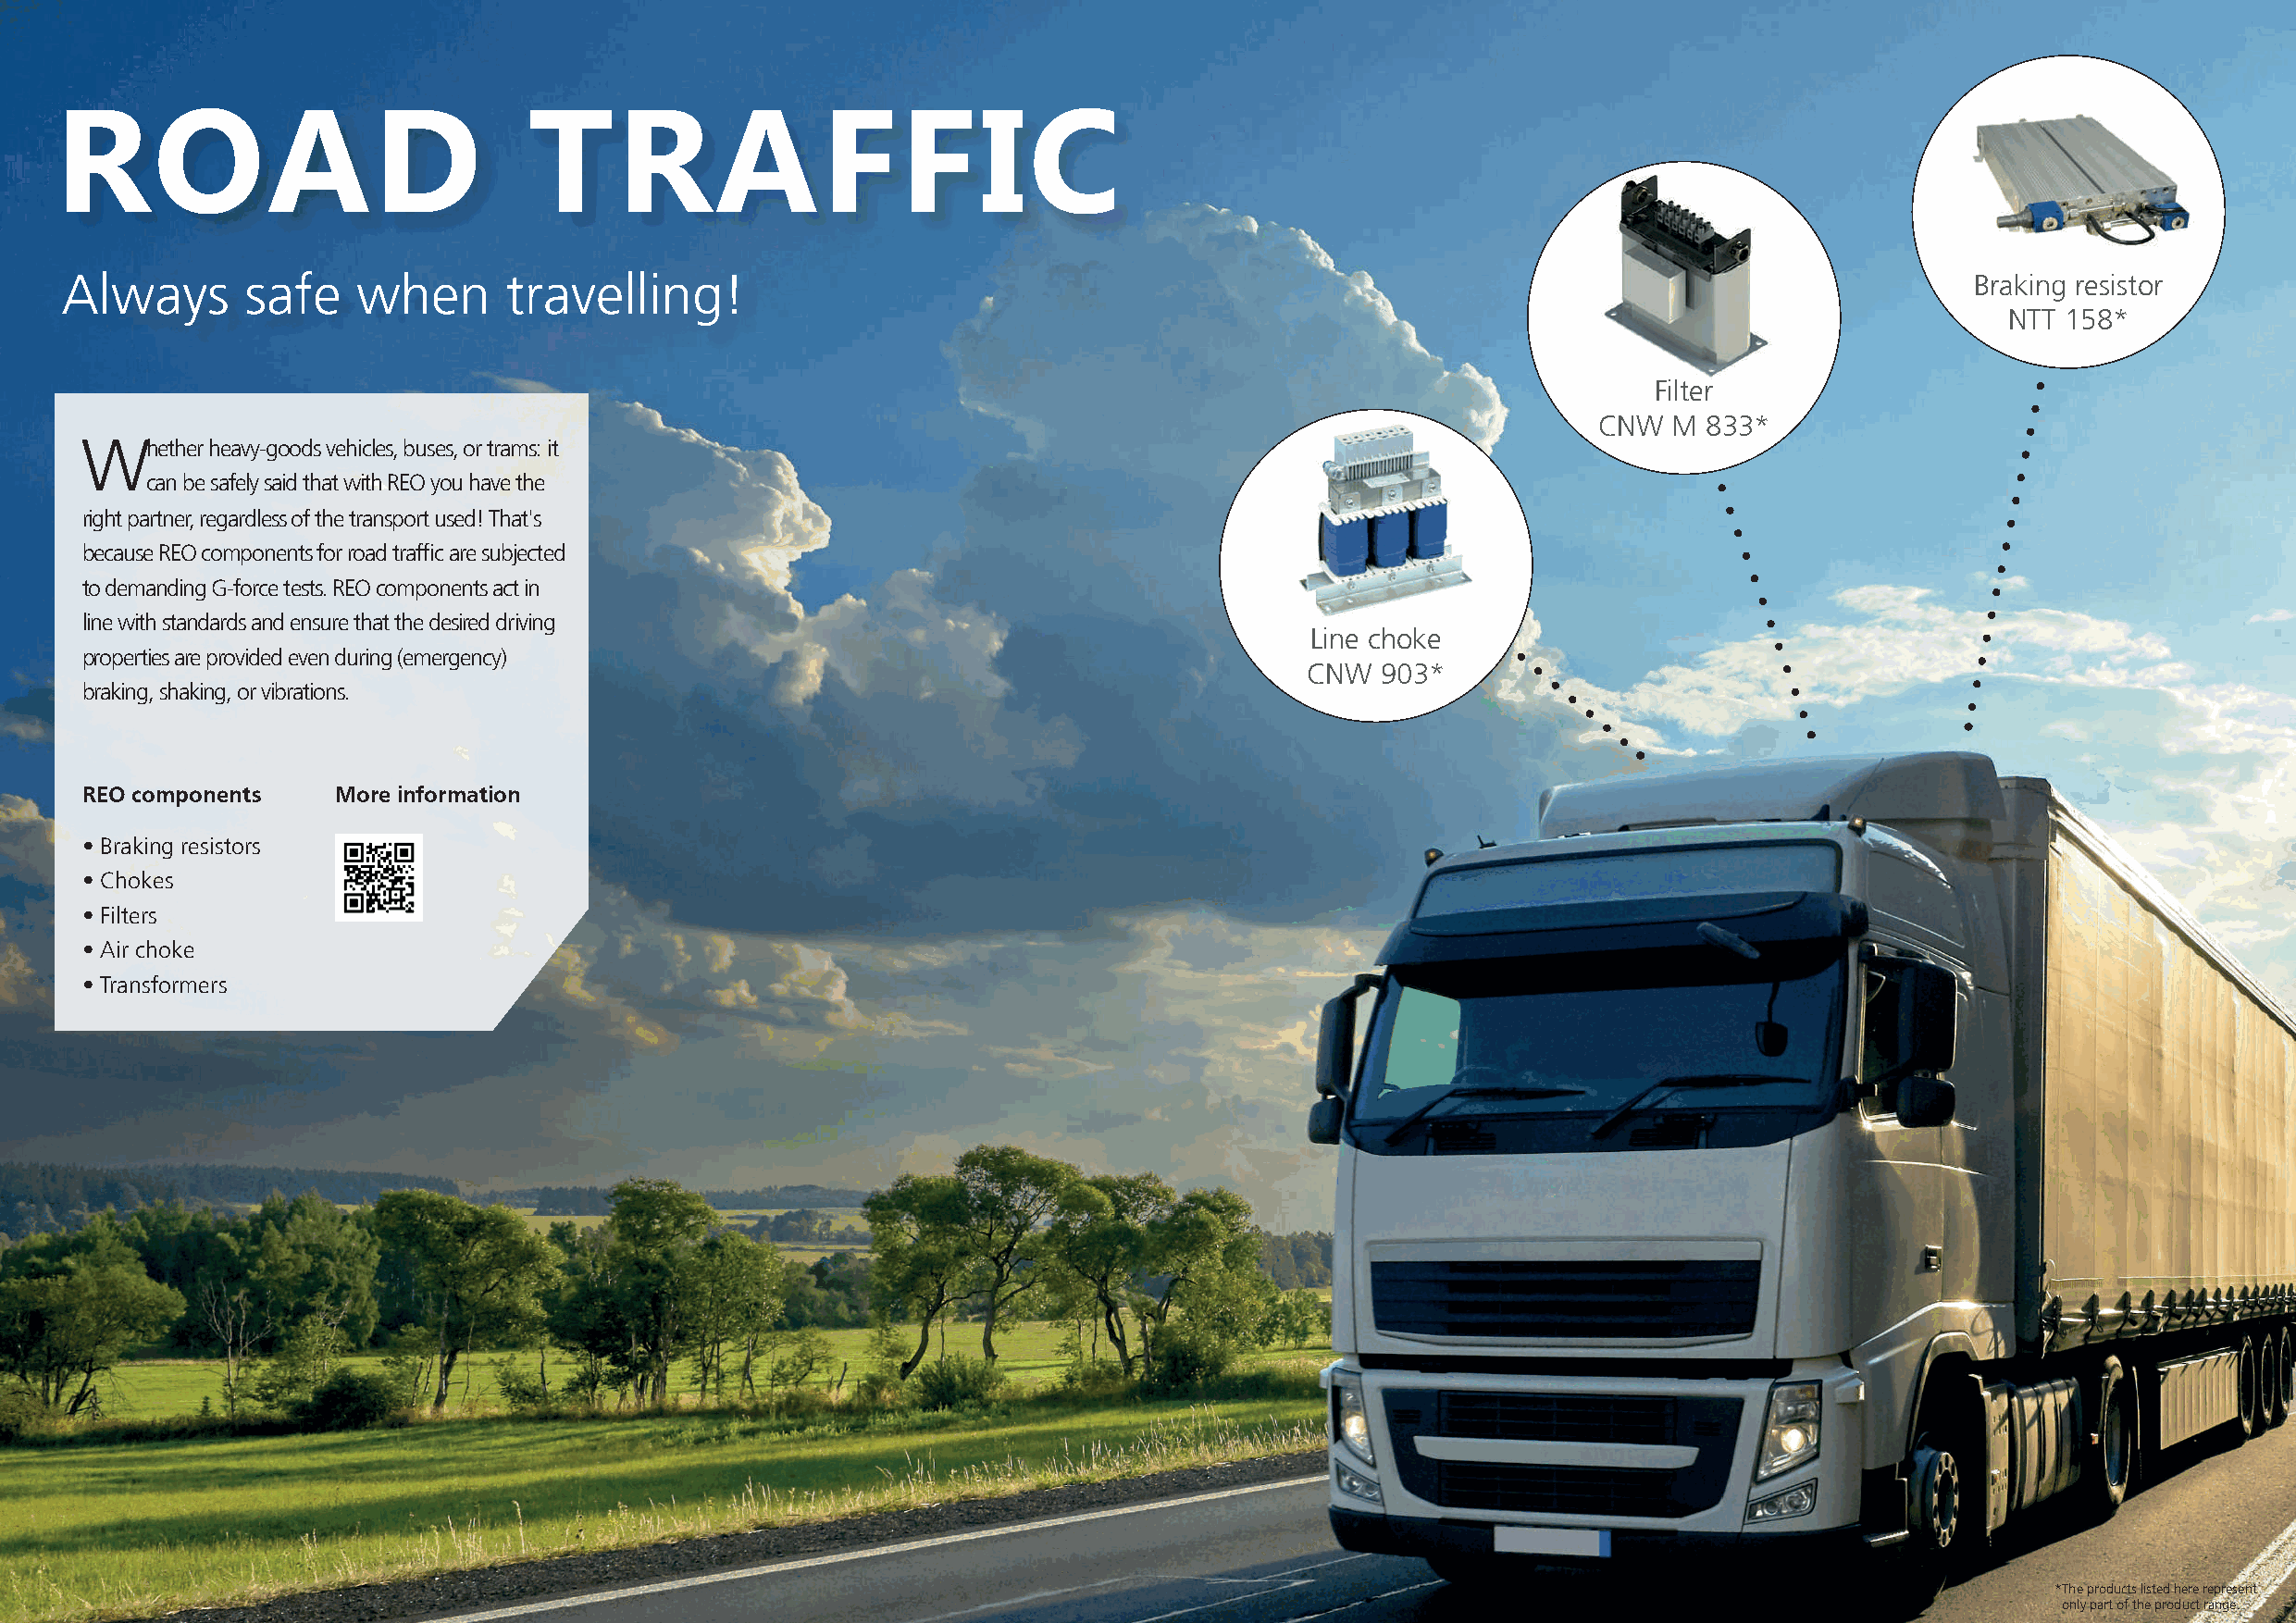
ROAD                              TRAFFIC
 Always        safe    when      travelling!                                                                                              Braking resistor
 NTT 158*
 Filter
 CNW   M 833*
 Whether  heavy-goods vehicles, buses, or trams: it
 can be safely said that with REO you have the
 right partner, regardless of the transport used! That's
 because REO components for road traffic are subjected
 to demanding G-force tests. REO components act in
 line with standards and ensure that the desired driving
 Line choke
 properties are provided even during (emergency)
 CNW   903*
 braking, shaking, or vibrations.
 REO components    More information
 • Braking resistors
 • Chokes
 • Filters
 • Air choke
 • Transformers
 * The products listed here represent
 only part of the product range.